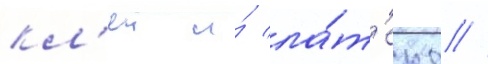
кл'еи и́ ла́т'екс //